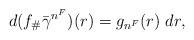
LaTeX: \begin{align*} d(f_\# \bar{\gamma}^{n^F})(r) = g_{n^F}(r) \; dr, \end{align*}